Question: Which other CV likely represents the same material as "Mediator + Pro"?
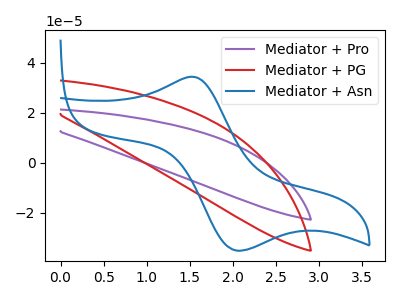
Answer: <think>The purple curve "Mediator + Pro" has no peaks. The red curve "Mediator + PG" has no peaks. The blue curve "Mediator + Asn" has an anodic peak at (1.50V, 34.30uA) and a cathodic peak at (2.05V, -35.00uA).
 Neither "Mediator + Pro" or "Mediator + PG" have any peaks. "Mediator + Pro" and "Mediator + Asn" have a different number of peaks. "Mediator + PG" and "Mediator + Asn" have a different number of peaks.</think>
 <answer>The CV with the most similar shape to "Mediator + PG" is "Mediator + Pro".</answer>
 <eval>"Mediator + Pro"</eval>